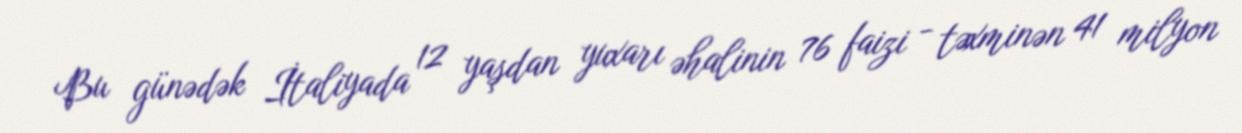
Bu günədək İtaliyada 12 yaşdan yuxarı əhalinin 76 faizi - təxminən 41 milyon